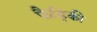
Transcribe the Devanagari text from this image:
फैड्रिकी